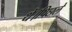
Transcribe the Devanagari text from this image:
थे।पिछले